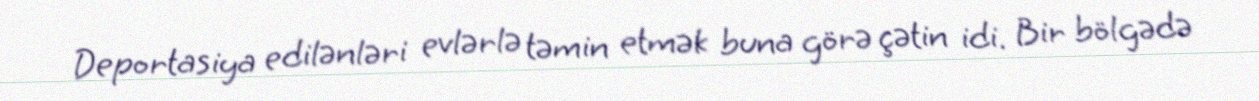
Deportasiya edilənləri evlərlə təmin etmək buna görə çətin idi. Bir bölgədə